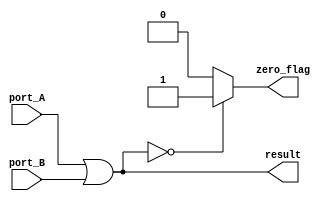
module or_oper #(parameter DATA_WIDTH = 8)(
	//input
	input [(DATA_WIDTH-1) : 0] port_A,
	input [(DATA_WIDTH-1) : 0] port_B,
	//output
	output [(DATA_WIDTH-1) : 0] result,
	
	output zero_flag
);

assign result = port_A | port_B;

assign zero_flag = (result==0)? 1'b1 : 1'b0;

endmodule